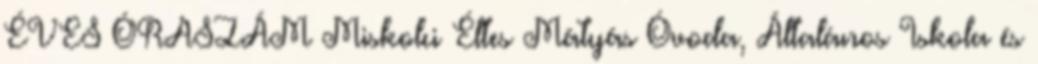
ÉVES ÓRASZÁM Miskolci Éltes Mátyás Óvoda, Általános Iskola és